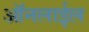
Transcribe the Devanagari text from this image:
ऑनलाईल